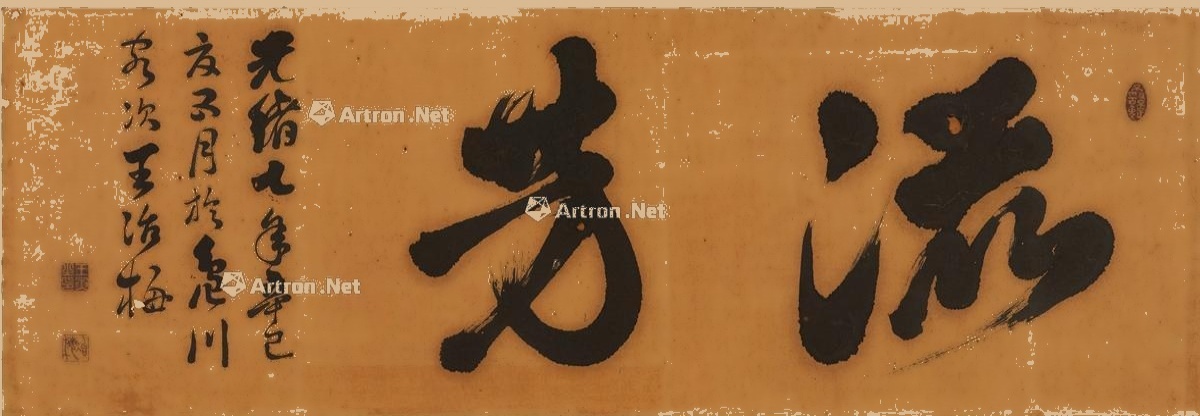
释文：流芳。光绪七年辛巳夏五月，于岛川客次，王冶梅。